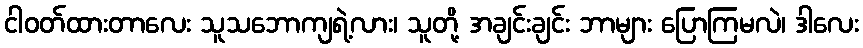
ငါဝတ်ထားတာလေး သူသဘောကျရဲ့လား၊ သူတို့ အချင်းချင်း ဘာများ ပြောကြမလဲ၊ ဒါလေး